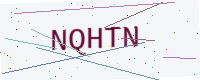
Text: NQHTN